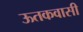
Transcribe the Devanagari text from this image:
ऊतकवासी